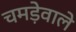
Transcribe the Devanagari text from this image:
चमड़ेवाले